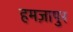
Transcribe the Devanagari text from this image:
हमज़ापुर